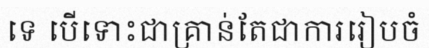
ទេ បើទោះជាគ្រាន់តែជាការរៀបចំ